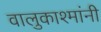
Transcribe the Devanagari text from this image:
वालुकाश्मांनी